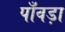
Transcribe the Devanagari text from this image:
पाँवड़ा